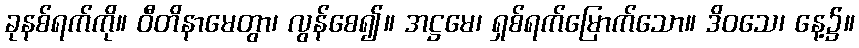
ခုနစ်ရက်ကို။ ဝီတိနာမေတွာ၊ လွန်စေ၍။ အဋ္ဌမေ၊ ရှစ်ရက်မြောက်သော။ ဒိဝသေ၊ နေ့၌။